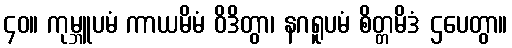
၄၀။ ကုမ္ဘူပမံ ကာယမိမံ ဝိဒိတွာ၊ နဂရူပမံ စိတ္တမိဒံ ဌပေတွာ။